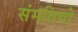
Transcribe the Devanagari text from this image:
संमतियो